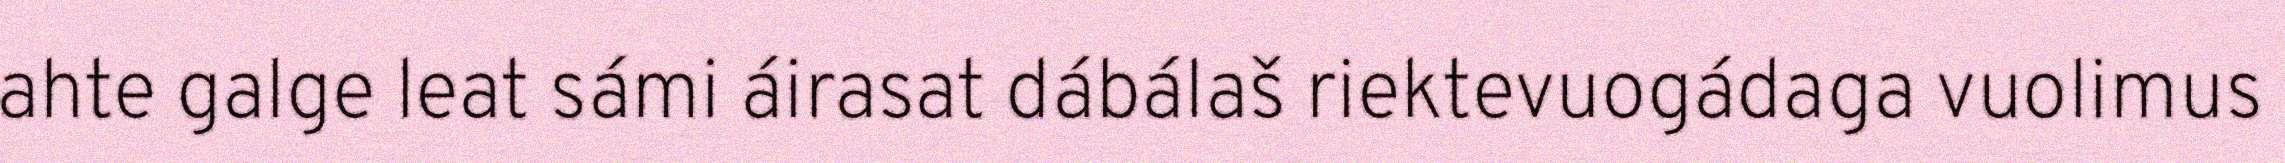
ahte galge leat sámi áirasat dábálaš riektevuogádaga vuolimus